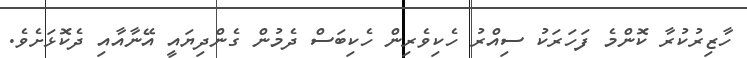
ހާޒިރުކުރާ ކޮންމެ ފަހަރަކު ސިއްރު ހެކިވެރިން ހެކިބަސް ދެމުން ގެންދިޔައީ އޭނާއާއި ދެކޮޅަށެވެ.